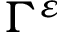
\Gamma ^ { \varepsilon }